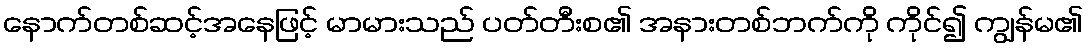
နောက်တစ်ဆင့်အနေဖြင့် မာမားသည် ပတ်တီးစ၏ အနားတစ်ဘက်ကို ကိုင်၍ ကျွန်မ၏